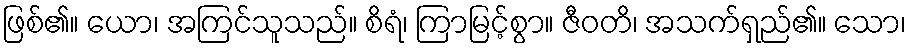
ဖြစ်၏။ ယော၊ အကြင်သူသည်။ စိရံ၊ ကြာမြင့်စွာ။ ဇီဝတိ၊ အသက်ရှည်၏။ သော၊